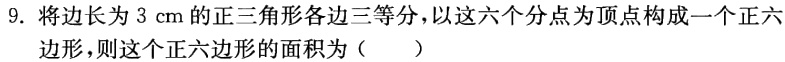
9. 将边长为\(3\mathrm{cm}\)的正三角形各边三等分，以这六个分点为顶点构成一个正六边形，则这个正六边形的面积为（  ）